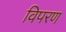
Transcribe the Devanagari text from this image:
विपरण